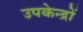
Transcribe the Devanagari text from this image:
उपकेन्द्रों